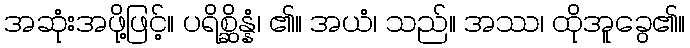
အဆုံးအဖို့ဖြင့်။ ပရိစ္ဆိန္နံ၊ ၏။ အယံ၊ သည်။ အဿ၊ ထိုအူခွေ၏။